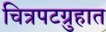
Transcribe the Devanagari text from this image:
चित्रपटग्रुहात